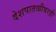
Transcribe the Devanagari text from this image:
देशपातळीवरही